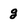
Character: g